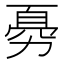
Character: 𠢊